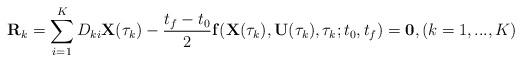
LaTeX: \begin{align*}\mathbf{R}_k = \sum_{i=1}^{K}D_{ki}\mathbf{X}(\tau_k) - \frac{t_f-t_0}{2}\mathbf{f}(\mathbf{X}(\tau_k),\mathbf{\mathbf{U}}(\tau_k),\tau_k;t_0,t_f) = \mathbf{0}, (k = 1,...,K) \end{align*}